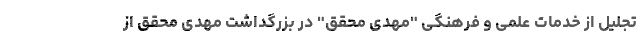
تجلیل از خدمات علمی و فرهنگی "مهدی محقق" در بزرگداشت مهدی محقق از